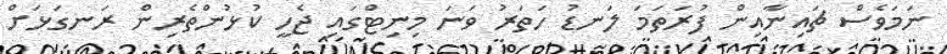
ނަމަވެސް ޗައިނާއިން ފުރަތަމަ ލަނޑު ހަތަރު ވަނަ މިނިޓްގައި ޖެހީ ކުޅުންތެރިން ރަނގަޅަށް